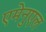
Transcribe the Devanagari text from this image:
एमेनुएल